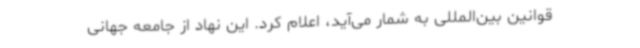
قوانین بین‌المللی به شمار می‌آید، اعلام کرد. این نهاد از جامعه جهانی